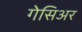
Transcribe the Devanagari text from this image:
गेसिअर